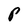
Character: P